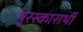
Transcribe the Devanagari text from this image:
पुरस्कारार्थी